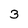
Character: 3